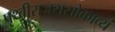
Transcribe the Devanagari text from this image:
पृथ्वीराजरासोकाव्यं